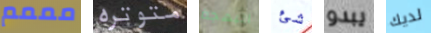
مممم متوتره البهجة شئ يبدو لديك